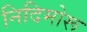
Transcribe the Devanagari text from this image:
निदिमोरू